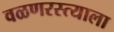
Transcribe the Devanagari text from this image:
वळणरस्त्याला